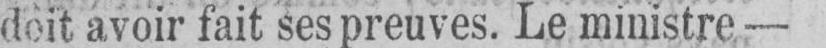
doit avoir fait ses preuves. Le ministre -